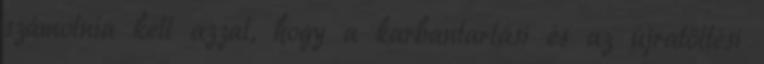
számolnia kell azzal, hogy a karbantartási és az újratöltési